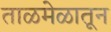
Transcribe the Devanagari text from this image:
ताळमेळातून